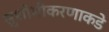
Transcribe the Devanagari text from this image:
सुशोभीकरणाकडे